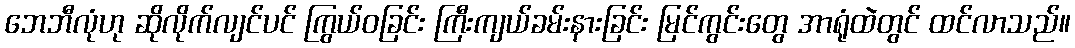
ဘေဘီလုံဟု ဆိုလိုက်လျင်ပင် ကြွယ်ဝခြင်း ကြီးကျယ်ခမ်းနားခြင်း မြင်ကွင်းတွေ အာရုံထဲတွင် ထင်လာသည်။